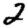
Digit: 2